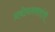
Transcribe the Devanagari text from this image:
प्रबोधनकारांची